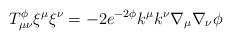
LaTeX: \begin{align*}T_{\mu\nu}^{\phi}{\xi}^{\mu}{\xi}^{\nu} = -2 e^{-2\phi} k^{\mu}k^{\nu}\nabla_{\mu}\nabla_{\nu}\phi\end{align*}